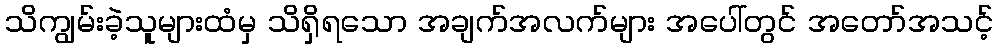
သိကျွမ်းခဲ့သူများထံမှ သိရှိရသော အချက်အလက်များ အပေါ်တွင် အတော်အသင့်